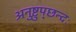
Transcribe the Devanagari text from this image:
अनुष्टुप्‌छन्दः